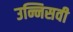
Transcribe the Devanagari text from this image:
उन्निसवी